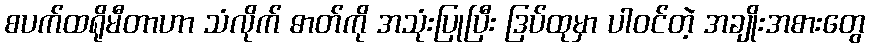
စပက်ထရိုမီတာဟာ သံလိုက် ဓာတ်ကို အသုံးပြုပြီး ဒြပ်ထုမှာ ပါဝင်တဲ့ အချိုးအစားတွေ